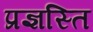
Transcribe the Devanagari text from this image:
प्रज्ञस्ति